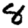
Digit: 8